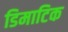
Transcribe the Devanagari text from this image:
डिमाटिक